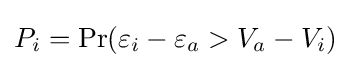
P_{i}=\Pr(\varepsilon _{i}-\varepsilon _{a}>V_{a}-V_{i})